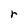
Character: r